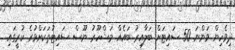
ދިވެހިން ވަންނަ 50 ސައިޓަށް ބަލާއިރު ބައެއް މަޝްހޫރު ނޫސް ސައިޓުތަކަށްވުރެ ކުރީގައި